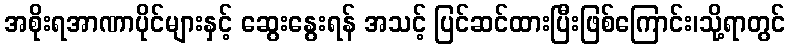
အစိုးရအာဏာပိုင်များနှင့် ဆွေးနွေးရန် အသင့် ပြင်ဆင်ထားပြီးဖြစ်ကြောင်း၊သို့ရာတွင်